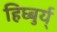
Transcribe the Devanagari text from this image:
हिघ्बुर्य्